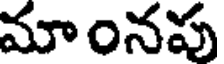
మాంనపు